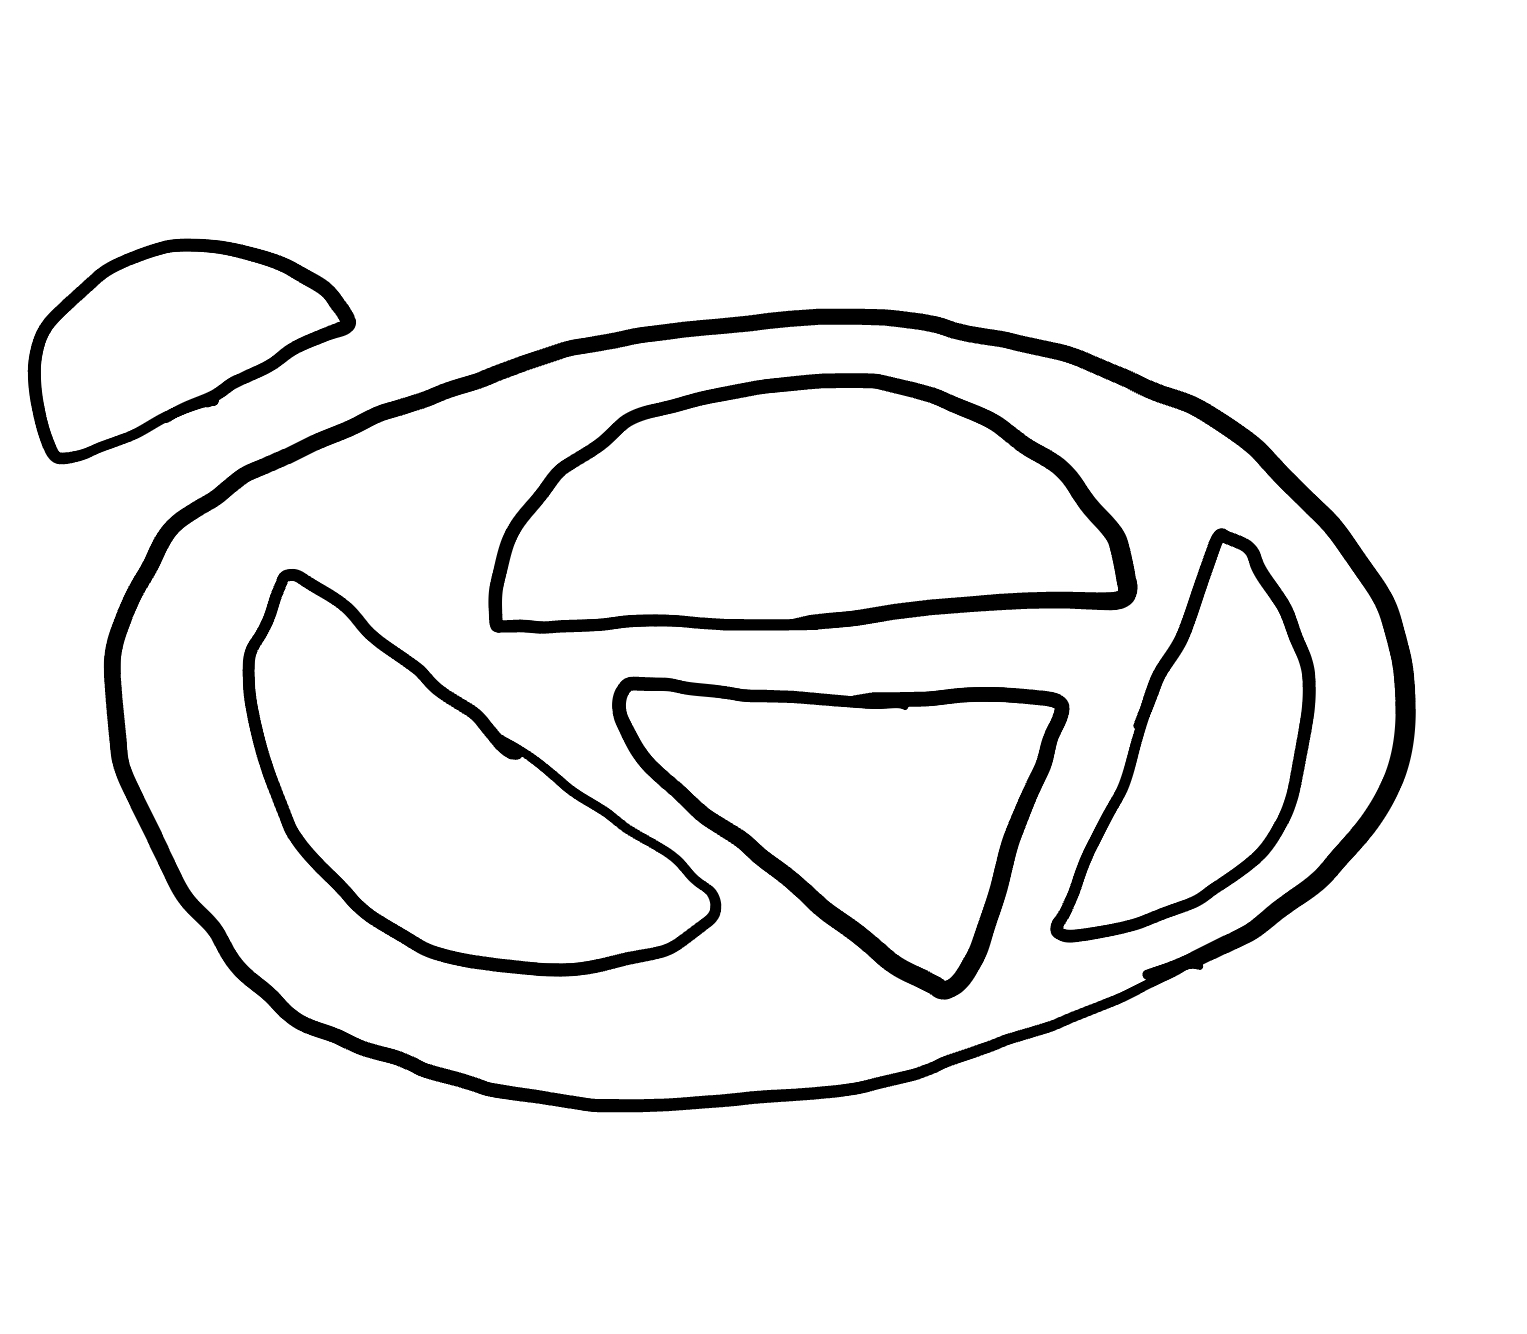
Number of regions (including the outer root region): 7
Containment tree edges (parent, child): 0, 1, 0, 6, 1, 2, 1, 3, 1, 4, 1, 5